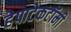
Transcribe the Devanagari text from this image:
हेपाटेकटॉमी